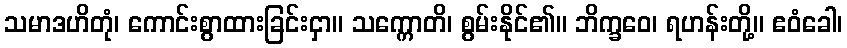
သမာဒဟိတုံ၊ ကောင်းစွာထားခြင်းငှာ။ သက္ကောတိ၊ စွမ်းနိုင်၏။ ဘိက္ခဝေ၊ ရဟန်းတို့။ ဧဝံခေါ၊